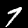
Label: 7